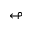
\looparrowleft